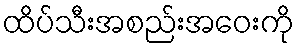
ထိပ်သီးအစည်းအဝေးကို